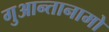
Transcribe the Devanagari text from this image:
गुआन्तानामो